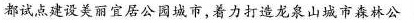
都试点建设美丽宜居公园城市，着力打造龙泉山城市森林公